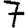
Digit: 7